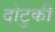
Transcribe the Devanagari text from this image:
दोटुकी